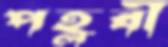
পহ্লবী